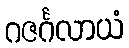
ဂဇင်္ဂလာယံ